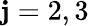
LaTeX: \mathbf{j}=2,3